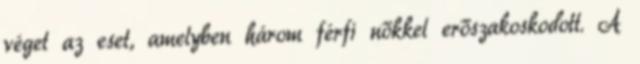
véget az eset, amelyben három férfi nőkkel erőszakoskodott. A